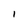
Character: 1